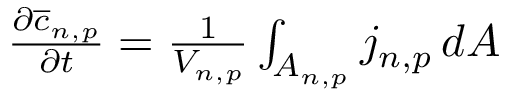
\begin{array} { r } { \frac { \partial \overline { { c } } _ { n , p } } { \partial t } = \frac { 1 } { V _ { n , p } } \int _ { A _ { n , p } } j _ { n , p } \, d A } \end{array}